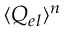
\langle Q _ { e l } \rangle ^ { n }